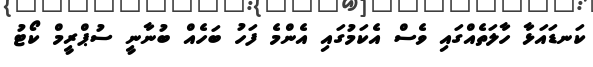
ކަނޑައަޅާ ހާލަތެއްގައި ވެސް އެކަމުގައި އެންމެ ފަހު ބަހެއް ބުނާނީ ސުޕްރީމް ކޯޓު